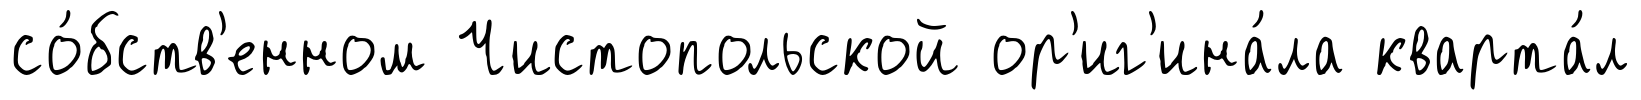
со́бств'енном Чистопольской ор'иг'ина́ла кварта́л